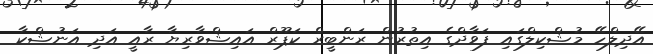
އޭދިލްހޭ މުޝްކިލްގައި ފަވާދްގެ އިތުރުން ރަންބީރް ކަޕޫރް އައިޝްވާރިޔާ ރާއީ އަދި އަނުޝްކާ